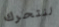
لنتحرك